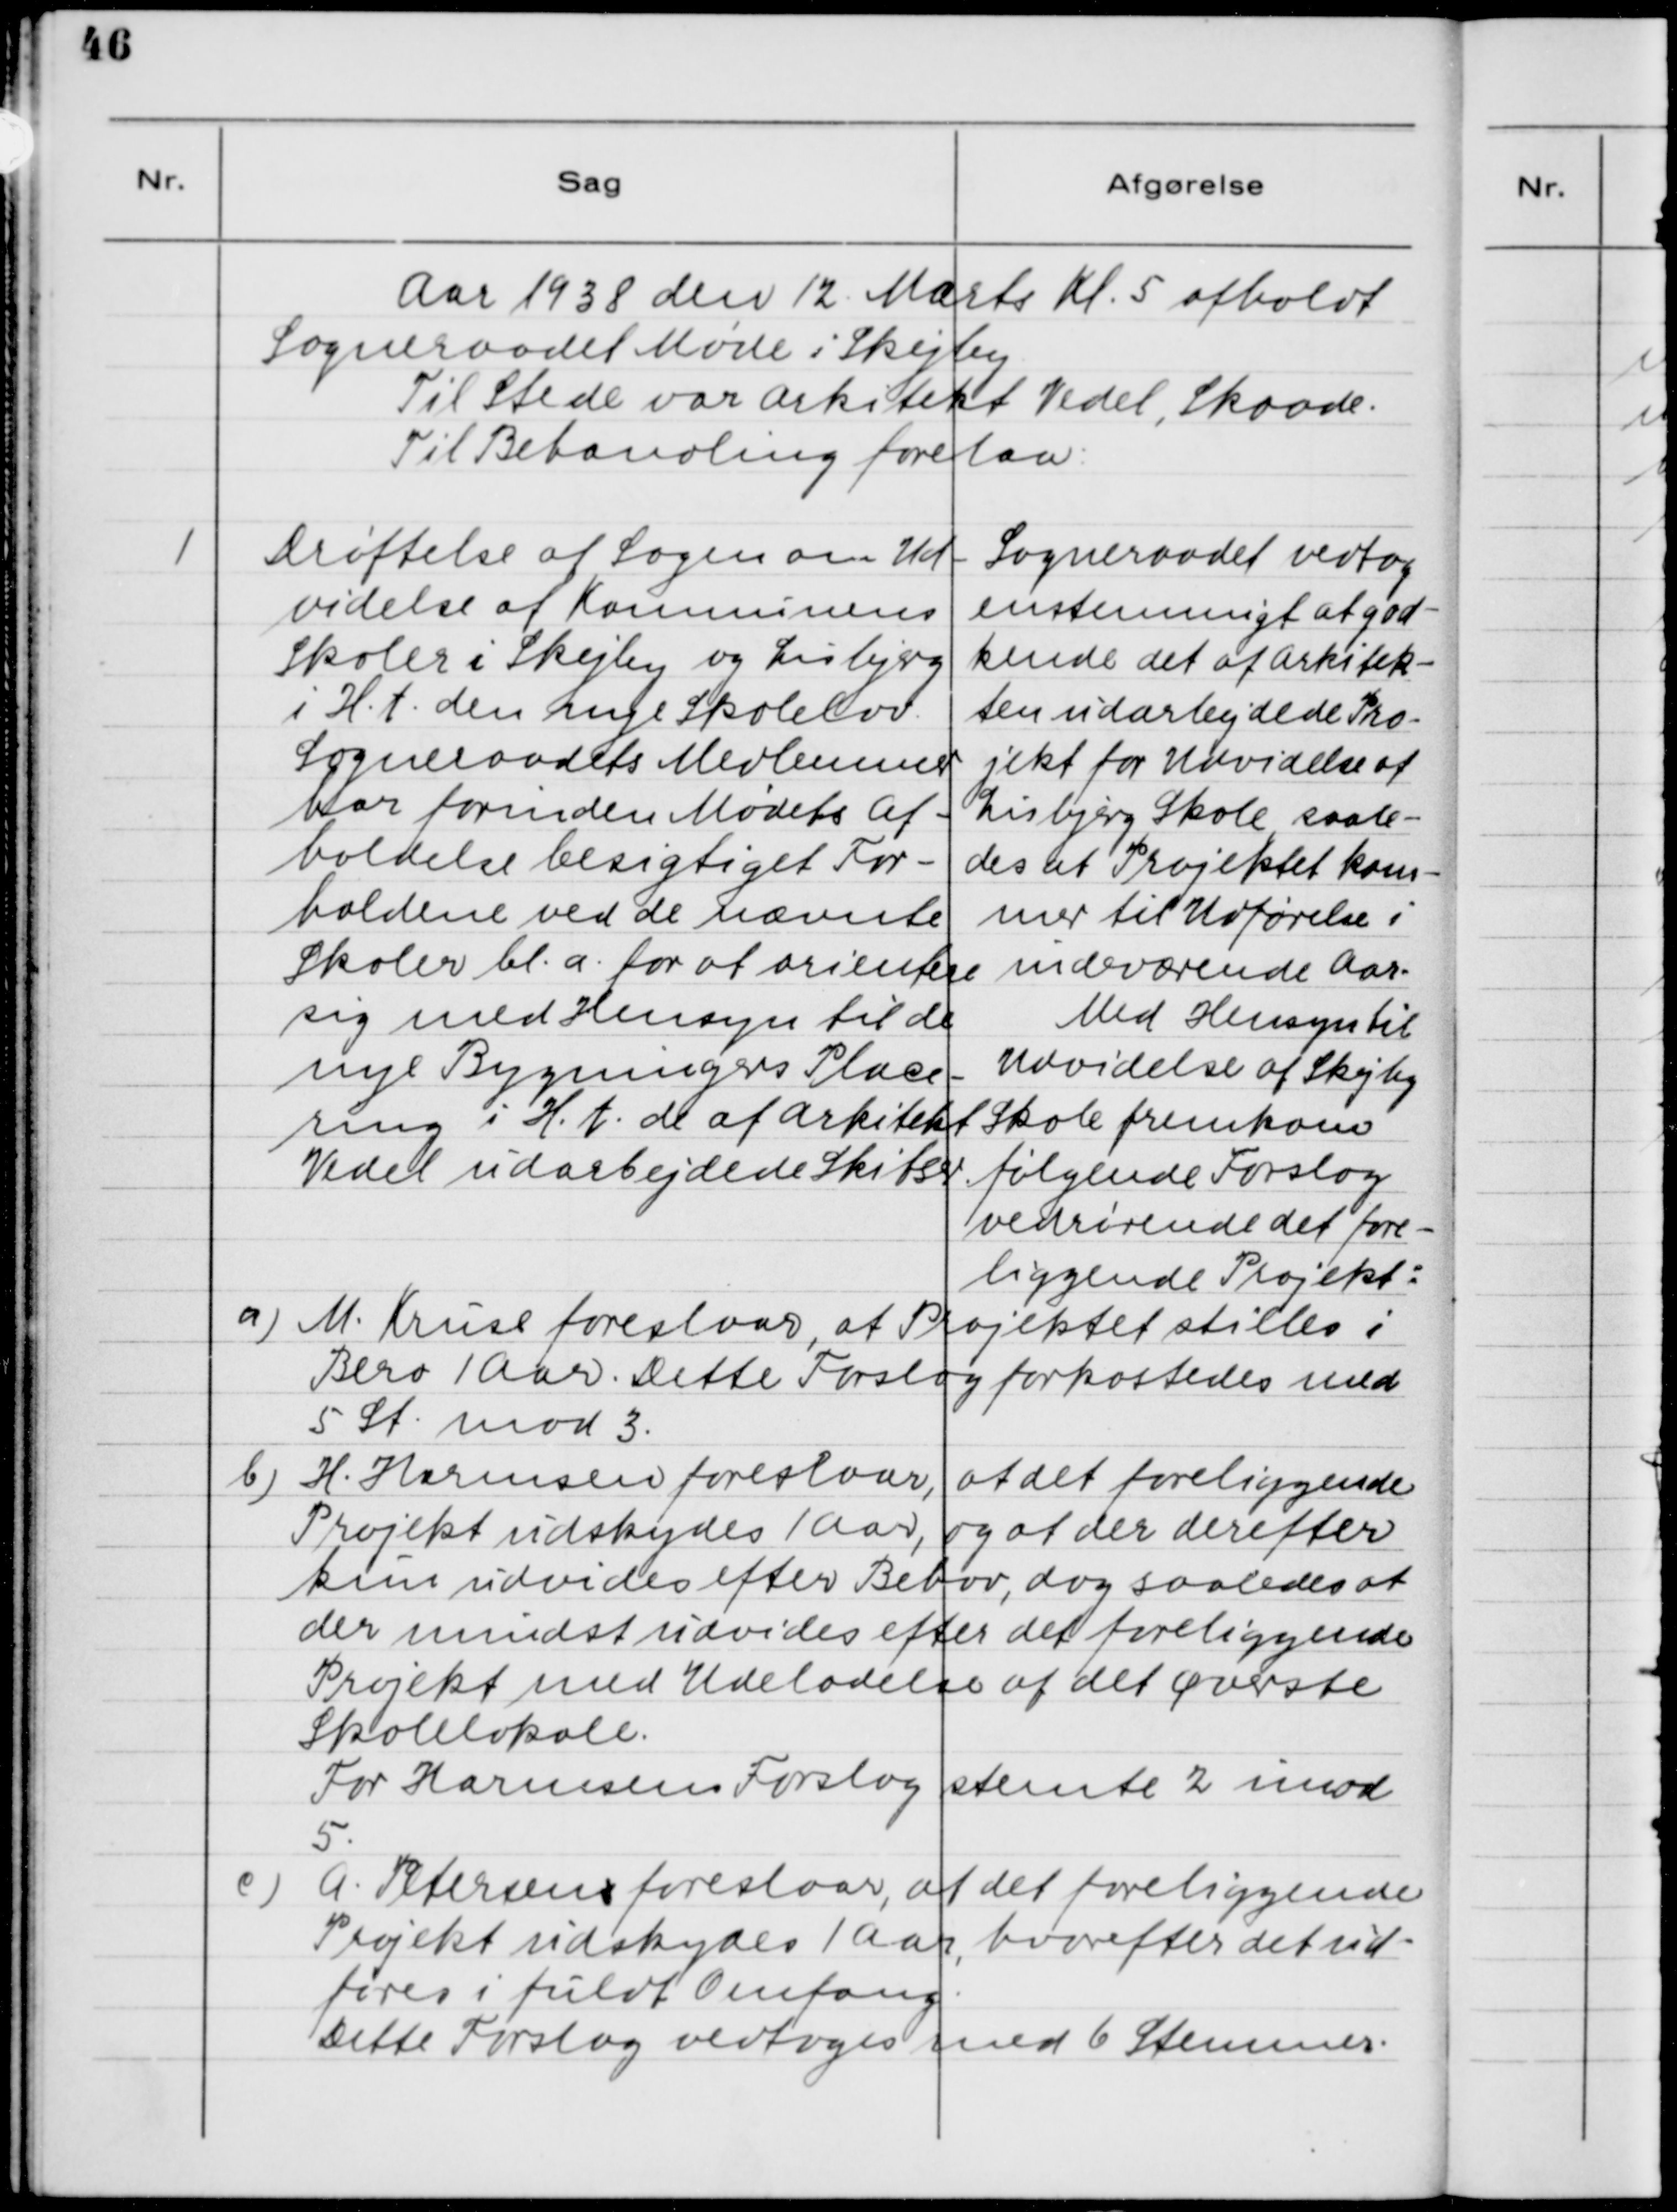
Transskription:
Aar 1938 den 12. Marts Kl. 5 afholdt
Sogneraadet Møde i Skejby.
Til Stede var Arkitekt Vedel, Skaade.
Til Behandling forelaa:

1. Drøftelse af Sagen om Ud-
videlse af Kommunens
Skoler i Skejby og Lisbjerg
i H. t. den nye Skolelov.
Sogneraadets Medlemmer
har forinden Mødets Af-
holdelse besigtiget For-
holdene ved de nævnte
Skoler bl.a. for at orientere
sig med Hensyn til de
nye Bygningers Place-
ring i H. t. de af Arkitekt
Vedel udarbejdede Skitser.

Sogneraadet vedtog
ensstemmigt at god-
kende det af Arkitekt-
ten udarbejdede Pro-
jekt for Udvidelse af
Lisbjerg Skole saale-
des at Projektet kom-
mer til Udførelse i
indeværende Aar.
Med Hensyn til
Udvidelse af Skejby
Skole fremkom
følgende Forslag
vedrørende det fore-
liggende Projekt:
a) M. Kruse foreslaar, at Projektet stilles i
Bero 1 Aar. Dette forslag forkastedes med
5 St. mod 3.
b)H. Harmsen foreslaar, at det foreliggende
Projekt udskydes 1 Aar, og at der derefter
kun udvides efter Behov, dog saaledes at
der mindst udvides efter det foreliggende
Projekt med Udeladelse af det øverste
Skolelokale.
For Harmsens Forslag stemte 3 imod
5.
c) A. Petersens foreslaar, at det foreliggende
Projekt udskydes 1 Aar, hvorefter det ud-
føres i fuld Omfang.
Dette Forslag vedtages med 6 Stemmer.